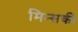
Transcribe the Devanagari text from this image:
मिन्सकी